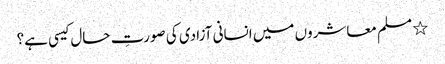
٭ مسلم معاشروں میں انسانی آزادی کی صورتِ حال کیسی ہے؟